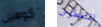
كوهين المتغطرس